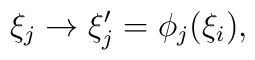
\xi_j\rightarrow \xi'_j=\phi_j(\xi_i),